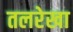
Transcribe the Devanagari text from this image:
तलरेखा